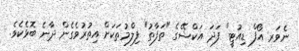
ނެވަރ އޯފް ޑިއުޓީ" ފަދަ އަކްޝޭގެ "ތަފާތު" ފިލްމުތަކަށް އިތުރުވެގެން ދާނެ ބޮޅެކެވެ.